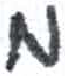
אות: מ